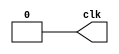
module reloj(clk);
output reg clk;  
initial
  begin 
  clk = 0;
  end
  always
	begin
   #250 clk = 1;
   #250 clk = 0;
	end
endmodule